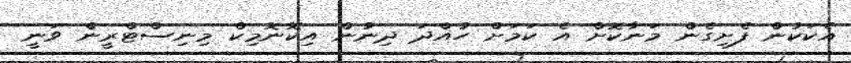
އެކަކުން ފެށިގެން މަނާކޮށް އެ ކަމަށް ހުއްދަ ދިނުން އިކޮނޮމިކް މިނިސްޓްރީން ވަނީ